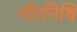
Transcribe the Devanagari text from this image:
नीरनिधि